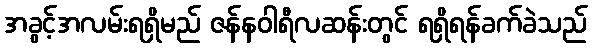
အခွင့်အလမ်းရရှိမည် ဇန်နဝါရီလဆန်းတွင် ရရှိရန်ခက်ခဲသည်